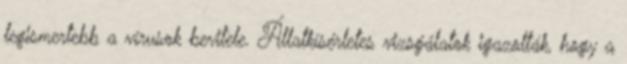
legismertebb a vírusok bevitele. Állatkísérletes vizsgálatok igazolták, hogy a